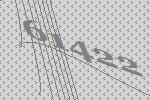
61422